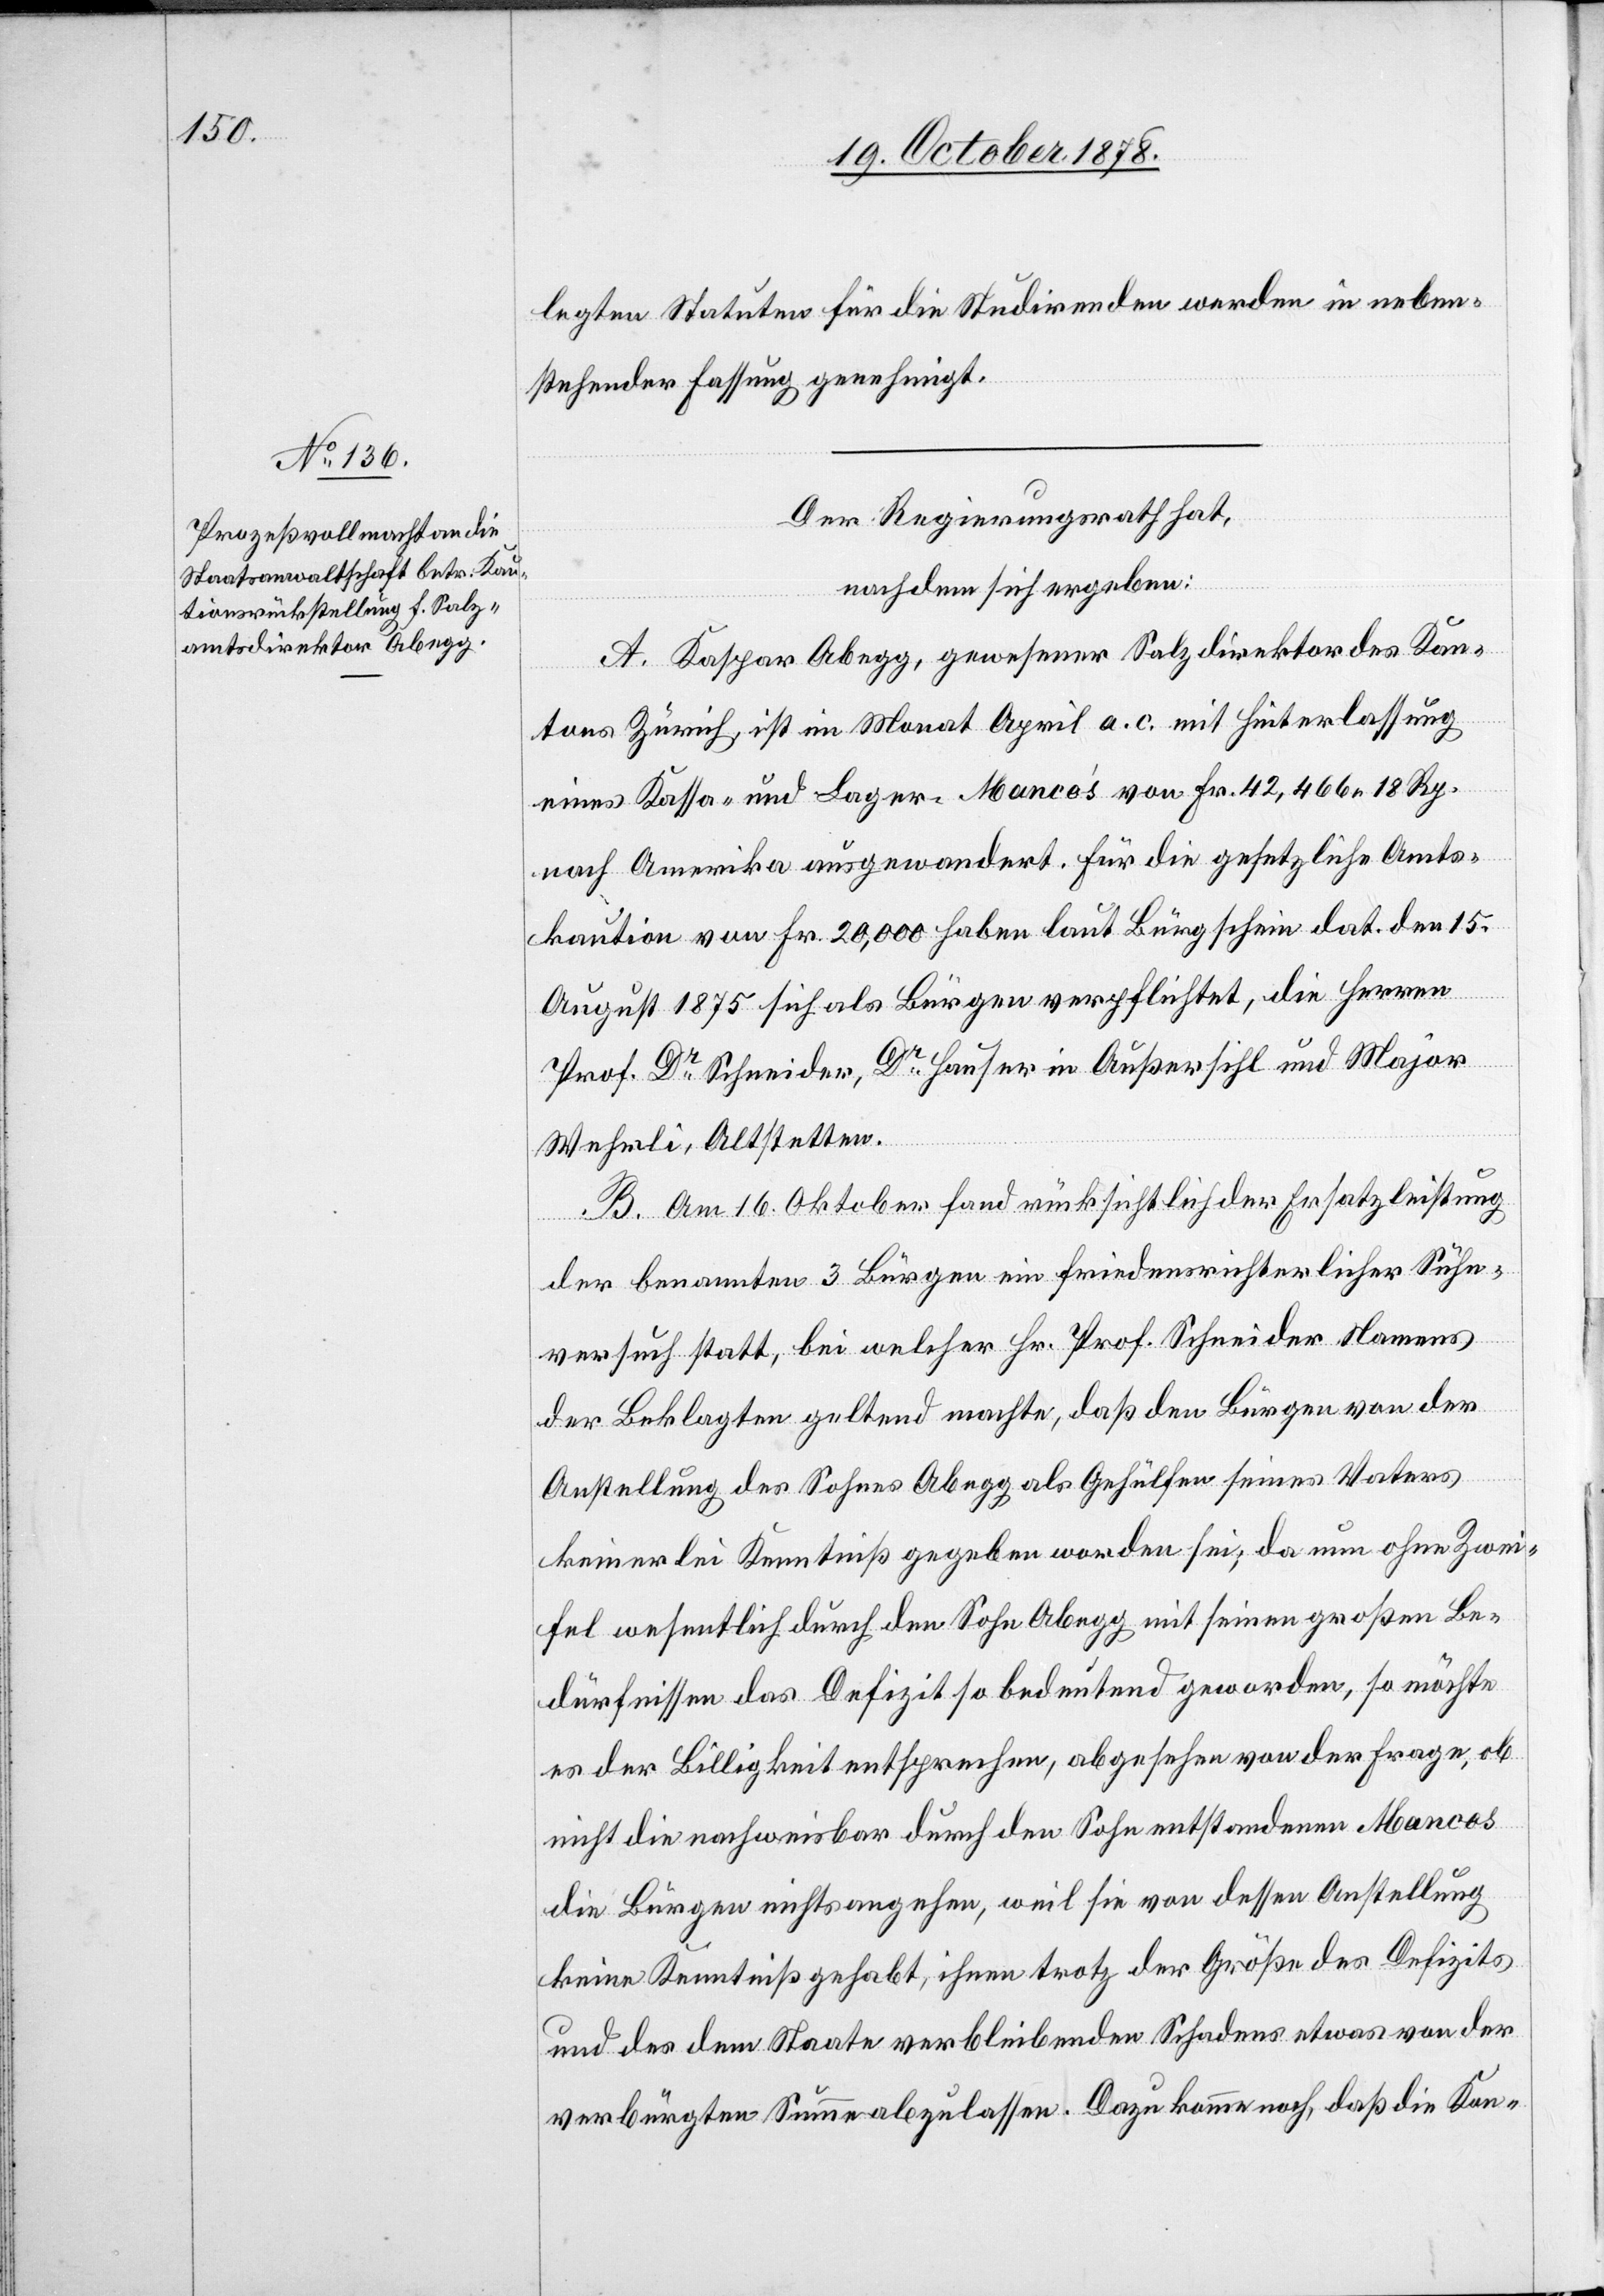
legten Statuten für die Studirenden werden in neben¬
stehender Fassung genehmigt.
Der Regierungsrath hat,
nachdem sich ergeben:
A. Kaspar Abegg, gewesener Salzdirektor des Kan¬
tons Zürich, ist im Monat April a. c. mit Hinterlassung
eines Kassa- und Lager-Manco’s von Fr. 42,466 18 Rp.
nach Amerika ausgewandert. Für die gesetzliche Amts¬
kaution von Fr. 20,000 haben laut Bürgschein dat. den 15.
August 1875 sich als Bürgen verpflichtet, die Herren
Prof. Dr Schneider, Dr Hauser in Außersihl und Major
Wehrli, Altstetten.
B. Am 16. Oktober fand rücksichtlich der Ersatzleistung
der benannten 3 Bürgern ein friedensrichterlicher Sühn¬
versuch statt, bei welcher Hr. Prof. Schneider Namens
der Beklagten geltend machte, daß den Bürgen von der
Anstellung des Sohnes Abegg als Gehülfen seines Vaters
keinerelei Kenntniß gegeben worden sei; da nun ohne Zwei¬
fel wesentlich durch den Sohn Abegg mit seinen großen Be¬
dürfnissen das Defizit so bedeutend geworden, so möchte
es der Billigkeit entsprechen, abgesehen von der Frage, ob
nicht die nachweisbar durch den Sohn entstandenen Mancos
die Bürgen nichts angehen, weil sie von dessen Anstellung
keine Kenntniß gehabt, ihnen trotz der Größe des Defizits
und des dem Staate verbleibenden Schadens etwas von der
verbürgten Summe abzulassen. Dazu komme noch, daß die Kon-